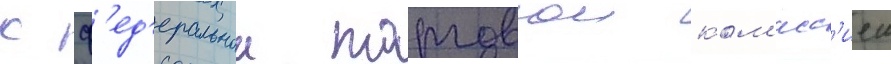
с ф'ед'еральнои торговои ком'исс'иеи